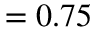
= 0 . 7 5